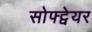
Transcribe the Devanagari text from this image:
सोफ्ट्वेयर